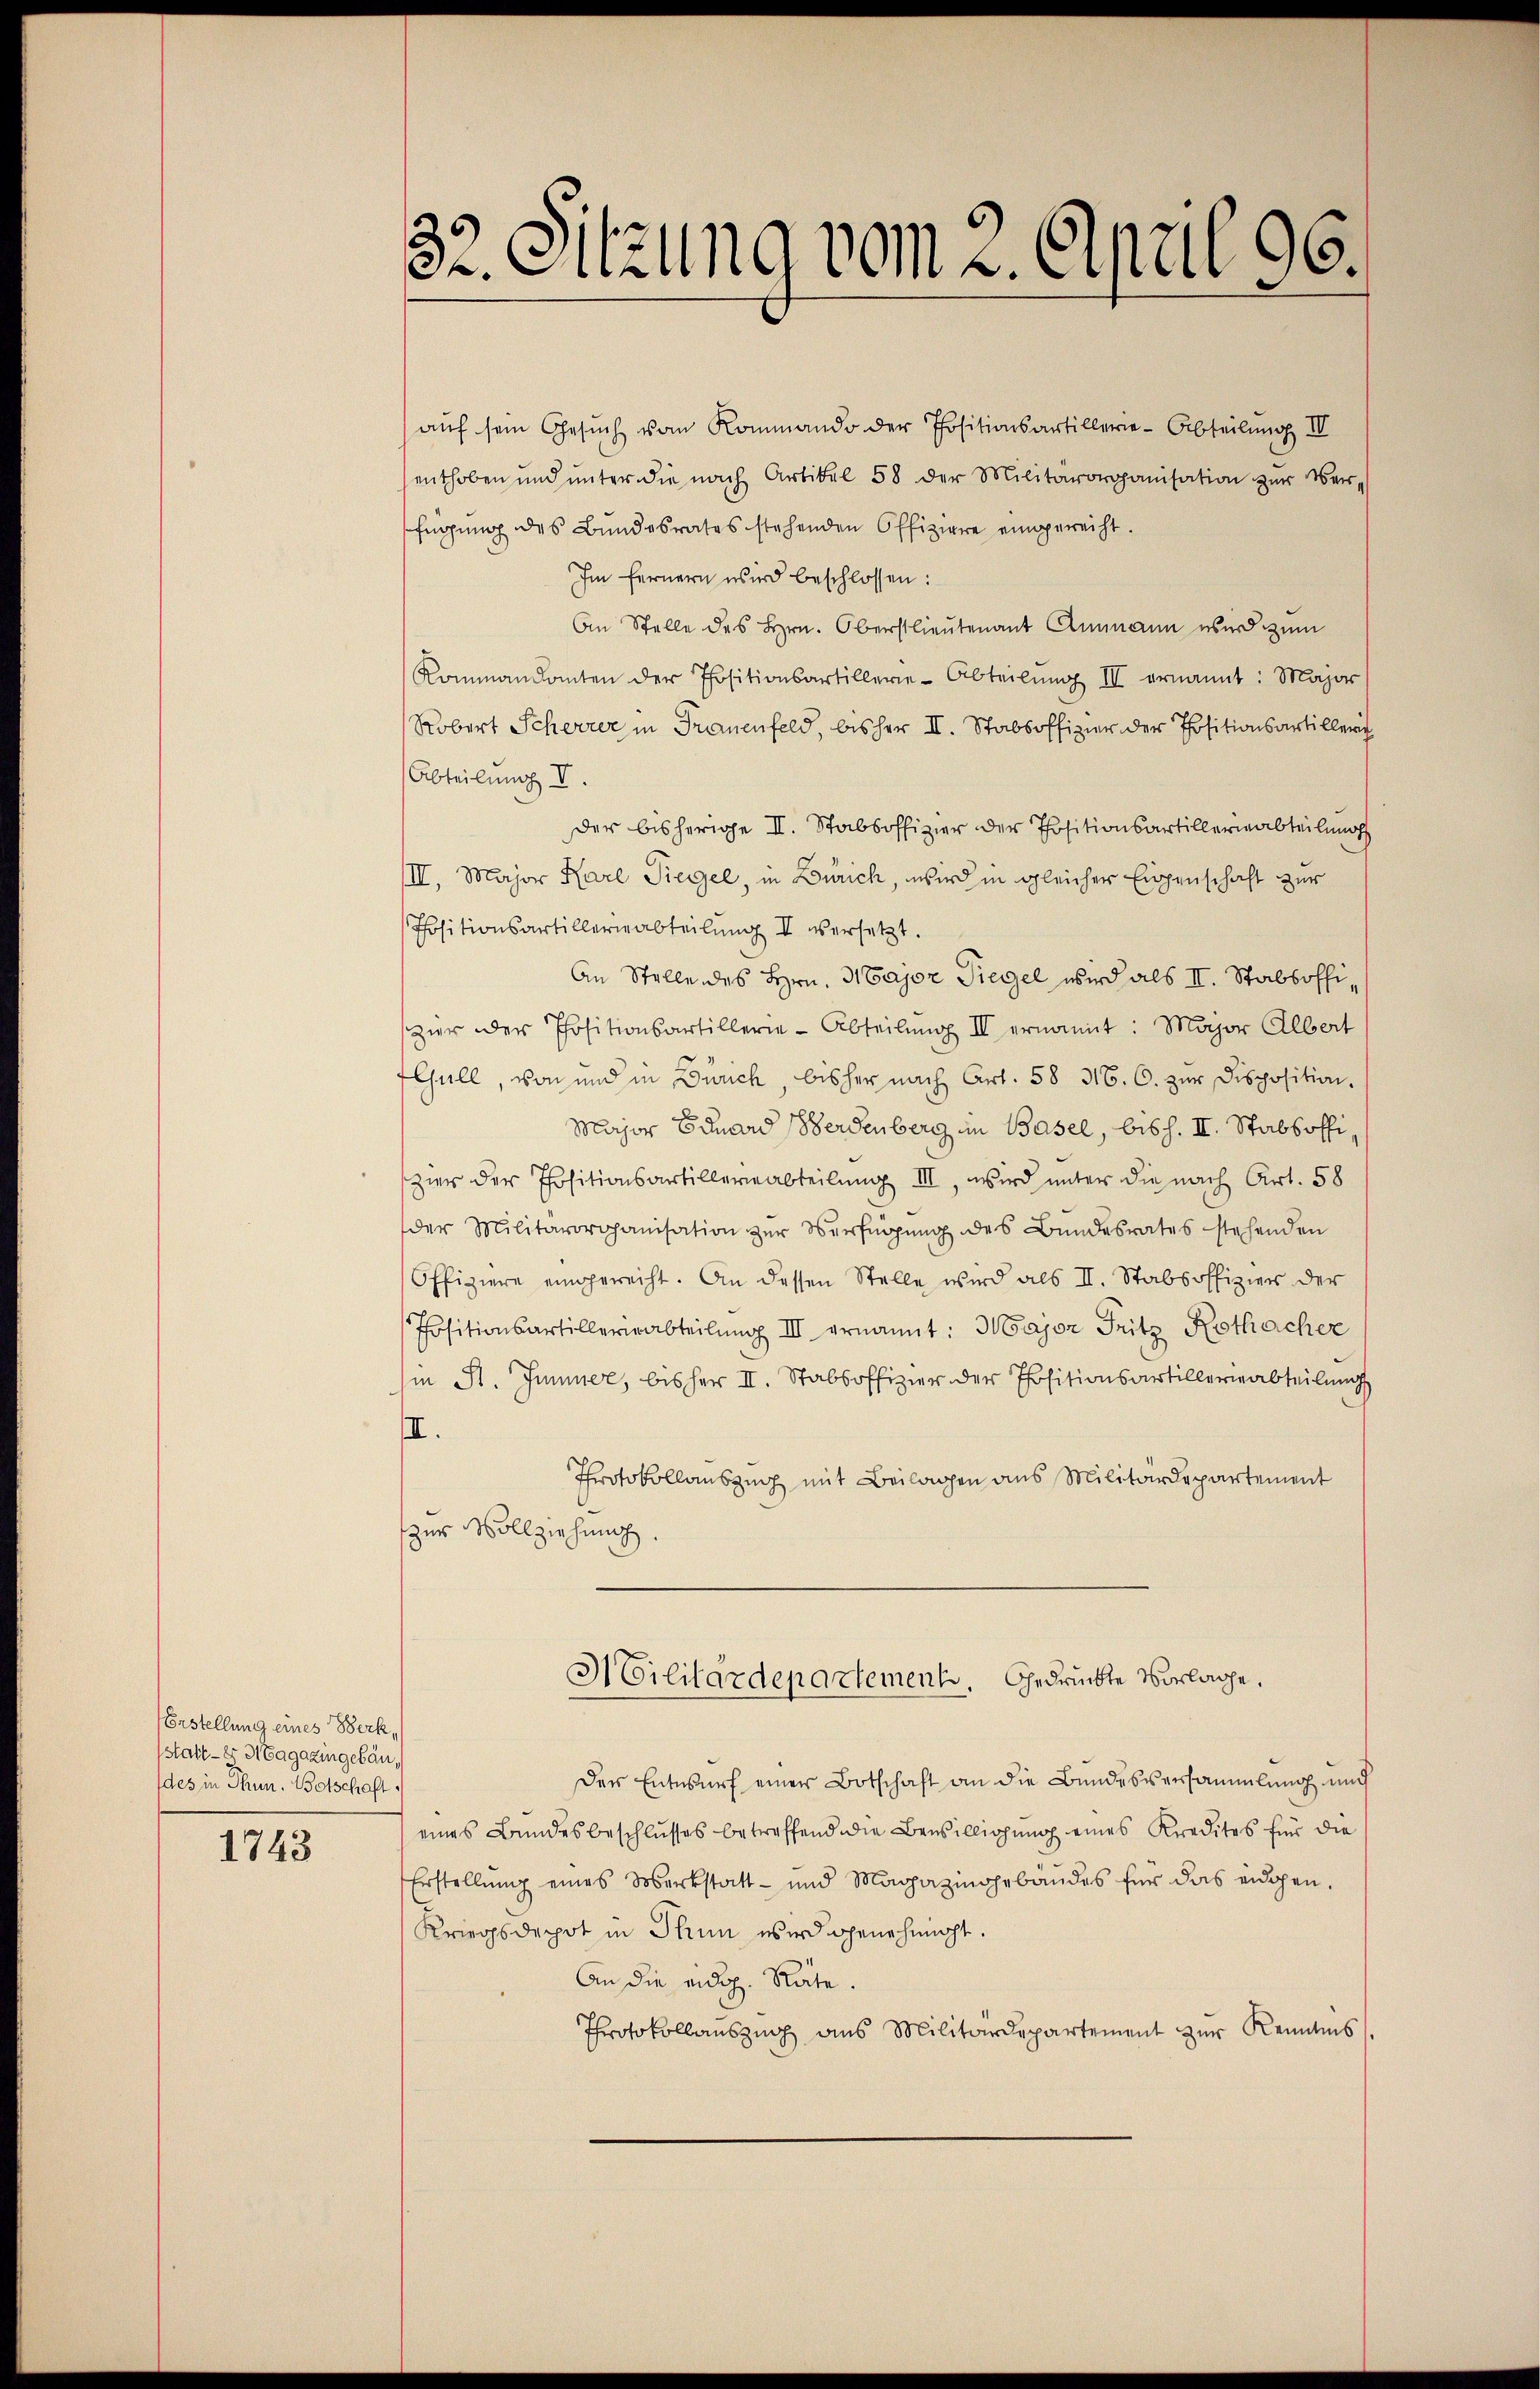
Erstellung eines Werk,
(statt - er Magazingebäudes in Thun. Botschaft

1743

82. Sitzung vom 2. April 96.

auf sein Gesuch vom Kommando der Positionsartillerie-Abteilung III
enthoben und unter die nach Artikel 58 der Militärorganisation zŭr Ver-
fügung des Bundesrates stehenden Offiziere eingereicht.
Im fernern wird beschlossen:
An Stelle des Hrn. Oberstlieutenant Ammann wird zum
Kommandanten der Positionsartillerie-Abteilŭng III ernannt: Major
Robert Scherrer in Frauenfeld, bisher II. Stabsoffizier der Positionsartiller
Abteilung V.
der bisherige II. Stabsoffizier der Positionsartillerabteilung
II, Major Karl Siegel, in Zürich, wird in gleicher Eigenschaft zur
Positionsartillergabteilung II versetzt.
An Stelle des Hrn. Major Siegel wird als II. Stabsoffizier der Positionsartillerie-Abteilŭng II ernannt: Major Albert
Gull, von und in Zürich, bisher nach Art. 58 316. C. zur Disposition.
Major Eduard Werdenberg im Basel, bisch. II. Stabsoffi
zier der Positionsartillerabteilung III, wird unter die nach Art. 58
der Militärorganisation zŭr Verfügŭng des Bŭndesrates stehenden
Offiziere eingereiht. An dessen Stelle wird als II. Stabsoffizier der
Positionsartillerieabteilŭng III ernannt: Major Fritz Rothacher
in St. Junner, bisher II. Stabsoffizier der Positionsartillergabteilung
II.
Protokollauszug mit Beilagen aus Militärdepartement
zur Vollziehung.
Militärdepartement. Gedrückte Vorlage,
Der Entwurf einer Botschaft an die Bundesversammlung und
eines Bundesbeschlusses betreffend die Bewilligung eines Kredites für die
Erstellŭng eines Merkstatt- und Magazingebäŭdes für das eidgen.
Kriegsdepot in Thun wird genehmigt.
An die eidg. Räte
Protokollaŭszŭg ans Militärdepartement zur Reidnis.